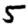
Digit: 5